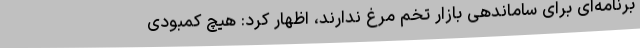
برنامه‌ای برای ساماندهی بازار تخم مرغ ندارند، اظهار کرد: هیچ کمبودی